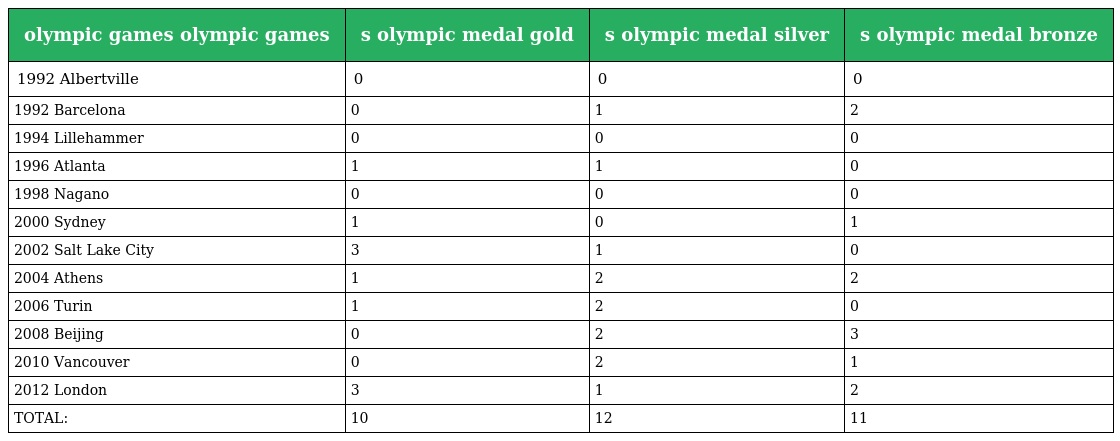
| olympic games olympic games | s olympic medal gold | s olympic medal silver | s olympic medal bronze |
 | --- | --- | --- | --- |
 | 1992 Albertville | 0 | 0 | 0 |
 | 1992 Barcelona | 0 | 1 | 2 |
 | 1994 Lillehammer | 0 | 0 | 0 |
 | 1996 Atlanta | 1 | 1 | 0 |
 | 1998 Nagano | 0 | 0 | 0 |
 | 2000 Sydney | 1 | 0 | 1 |
 | 2002 Salt Lake City | 3 | 1 | 0 |
 | 2004 Athens | 1 | 2 | 2 |
 | 2006 Turin | 1 | 2 | 0 |
 | 2008 Beijing | 0 | 2 | 3 |
 | 2010 Vancouver | 0 | 2 | 1 |
 | 2012 London | 3 | 1 | 2 |
 | TOTAL: | 10 | 12 | 11 |